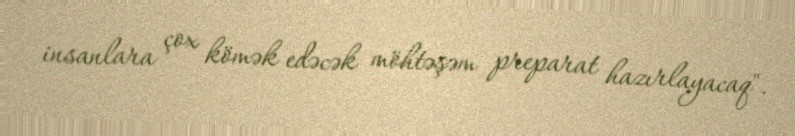
insanlara çox kömək edəcək möhtəşəm preparat hazırlayacaq".